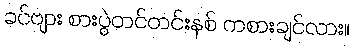
ခင်ဗျား စားပွဲတင်တင်းနစ် ကစားချင်လား။